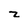
Character: z